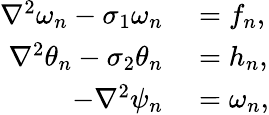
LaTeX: \begin{array}{rl}{\nabla^{2}\omega_{n}-\sigma_{1}\omega_{n}}&{{}=f_{n},}\\ {\nabla^{2}\theta_{n}-\sigma_{2}\theta_{n}}&{{}=h_{n},}\\ {-\nabla^{2}\psi_{n}}&{{}=\omega_{n},}\end{array}